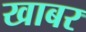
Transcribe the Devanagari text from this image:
खाबर